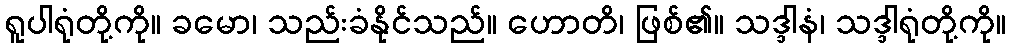
ရူပါရုံတို့ကို။ ခမော၊ သည်းခံနိုင်သည်။ ဟောတိ၊ ဖြစ်၏။ သဒ္ဒါနံ၊ သဒ္ဒါရုံတို့ကို။